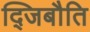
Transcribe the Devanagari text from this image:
द्जिबौति